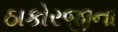
ઠાકોરજીના